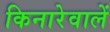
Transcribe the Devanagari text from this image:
किनारेवालें